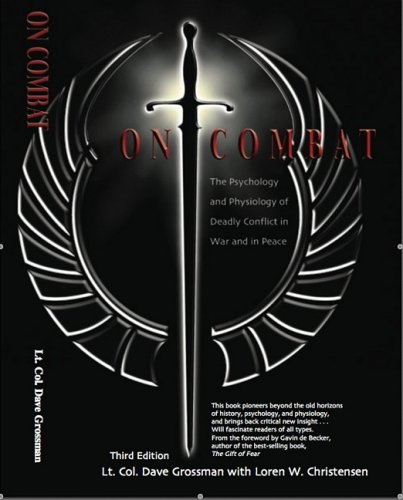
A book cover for On Combat, The Psychology and Physiology of Deadly Conflict in War and in Peace; Dave Grossman; Engineering & Transportation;